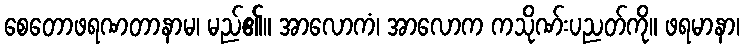
စေတောဖရဏတာနာမ၊ မည်၏။ အာလောကံ၊ အာလောက ကသိုဏ်းပညတ်ကို။ ဖရမာနာ၊